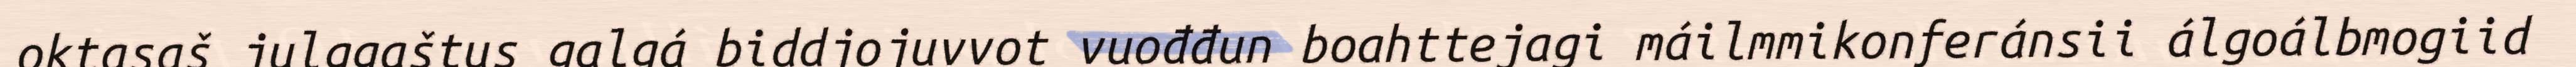
oktasaš julggaštus galgá biddjojuvvot vuođđun boahttejagi máilmmikonferánsii álgoálbmogiid